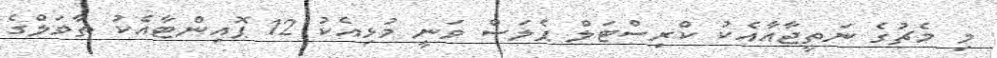
މި މެޗުގެ ނަތީޖާއާއެކު ކްރިސްޓަލް ޕެލަސް ވަނީ މުޅިއެކު 12 ޕޮއިންޓާއެކު ތާވަލްގެ